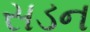
સડન